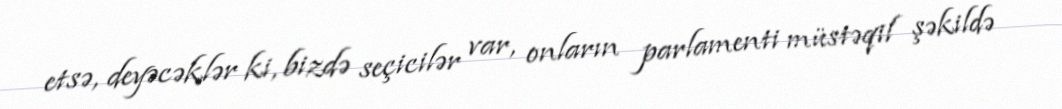
etsə, deyəcəklər ki, bizdə seçicilər var, onların parlamenti müstəqil şəkildə